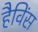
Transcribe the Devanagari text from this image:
हैविंस